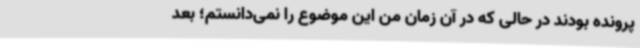
پرونده بودند در حالی که در آن زمان من این موضوع را نمی‌دانستم؛ بعد